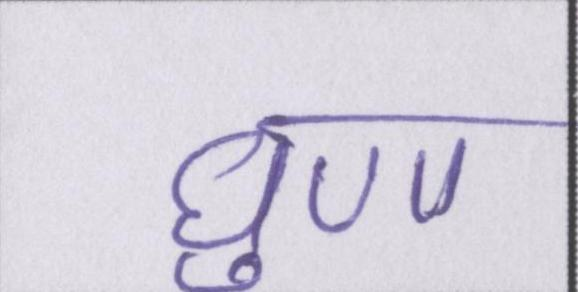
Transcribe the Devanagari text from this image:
घृणा